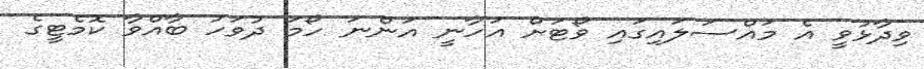
ވިދާޅުވީ އެ މައްސަލައިގައި ވޯޓަށް އަހާނީ އަންނަ ހޯމަ ދުވަހު ބާއްވާ ކޮމެޓީގެ